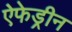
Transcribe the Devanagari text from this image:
ऐफेड्रीन